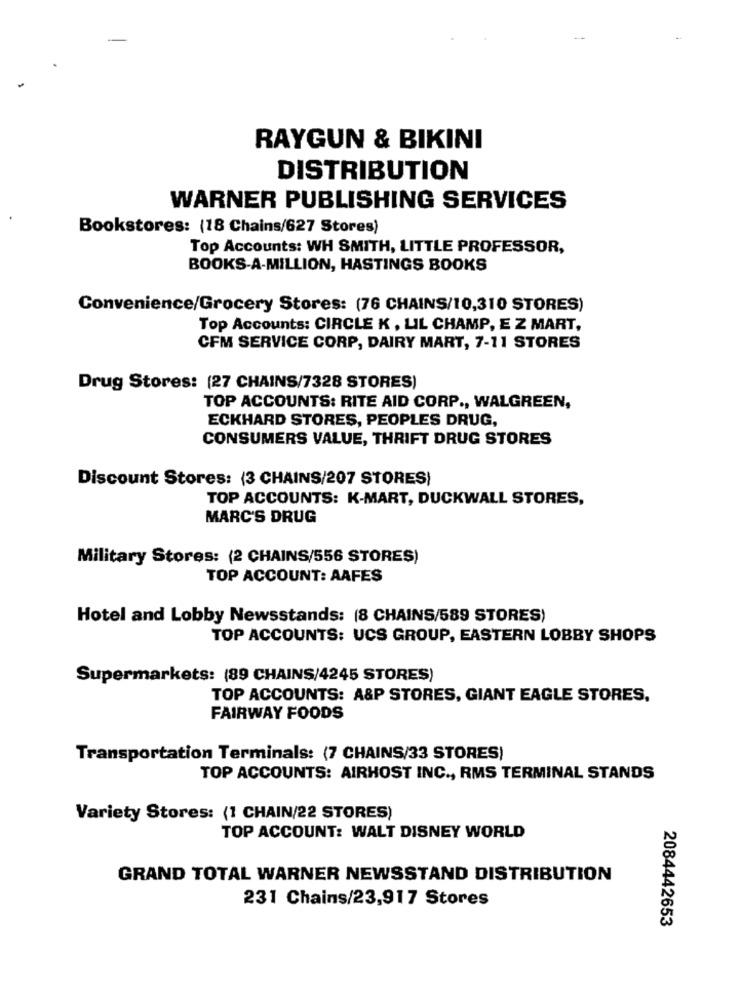
RAYGUN & BIKINI
DISTRIBUTION
WARNER PUBLISHING SERVICES
Bookstores: (18 Chains/627 Stores)
Top Accounts: WH SMITH, LITTLE PROFESSOR,
BOOKS-A-MILLION, HASTINGS BOOKS
Convenience/Grocery Stores: (76 CHAINS/10,310 STORES)
Top Accounts: CIRCLE K , LIL CHAMP, E Z MART,
CFM SERVICE CORP, DAIRY MART, 7-11 STORES
Drug Stores: (27 CHAINS/7328 STORES)
TOP ACCOUNTS: RITE AID CORP ., WALGREEN,
ECKHARD STORES, PEOPLES DRUG,
CONSUMERS VALUE, THRIFT DRUG STORES
Discount Stores: (3 CHAINS/207 STORES)
TOP ACCOUNTS: K-MART, DUCKWALL STORES,
MARC'S DRUG
Military Stores: (2 CHAINS/556 STORES)
TOP ACCOUNT: AAFES
Hotel and Lobby Newsstands: (8 CHAINS/589 STORES)
TOP ACCOUNTS: UCS GROUP, EASTERN LOBBY SHOPS
Supermarkets: (89 CHAINS/4245 STORES)
TOP ACCOUNTS: A&P STORES, GIANT EAGLE STORES,
FAIRWAY FOODS
Transportation Terminals: (7 CHAINS/33 STORES)
TOP ACCOUNTS: AIRHOST INC ., RMS TERMINAL STANDS
Variety Stores: (1 CHAIN/22 STORES)
TOP ACCOUNT: WALT DISNEY WORLD
GRAND TOTAL WARNER NEWSSTAND DISTRIBUTION
231 Chains/23,917 Stores
2084442653